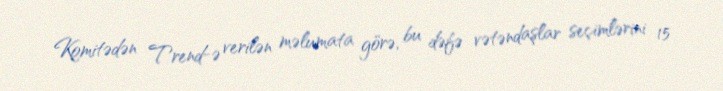
Komitədən Trend-ə verilən məlumata görə, bu dəfə vətəndaşlar seçimlərini 15